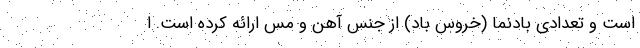
است و تعدادی بادنما (خروسِ باد) از جنس آهن و مس ارائه کرده است. ا